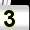
Digit: 3